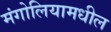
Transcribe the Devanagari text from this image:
मंगोलियामधील